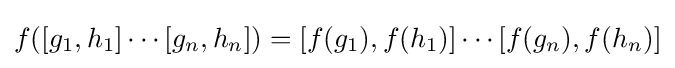
f([g_{1},h_{1}]\cdots [g_{n},h_{n}])=[f(g_{1}),f(h_{1})]\cdots [f(g_{n}),f(h_{n})]